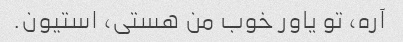
آره، تو یاور خوب من هستی، استیون.